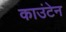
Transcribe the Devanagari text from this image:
काउंटेन